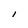
Character: I